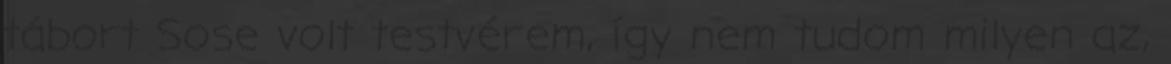
tábort Sose volt testvérem, így nem tudom milyen az,